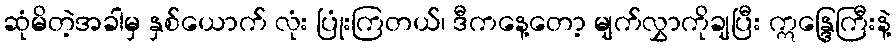
ဆုံမိတဲ့အခါမှ နှစ်ယောက် လုံး ပြုံးကြတယ်၊ ဒီကနေ့တော့ မျက်လွှာကိုချပြီး ဣန္ဒြေကြီးနဲ့